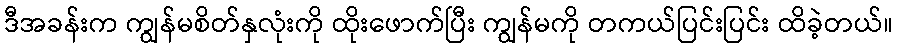
ဒီအခန်းက ကျွန်မစိတ်နှလုံးကို ထိုးဖောက်ပြီး ကျွန်မကို တကယ်ပြင်းပြင်း ထိခဲ့တယ်။